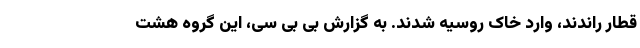
قطار راندند، وارد خاک روسیه شدند. به گزارش بی بی سی، این گروه هشت